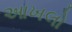
આખલો